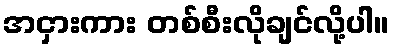
အငှားကား တစ်စီးလိုချင်လို့ပါ။